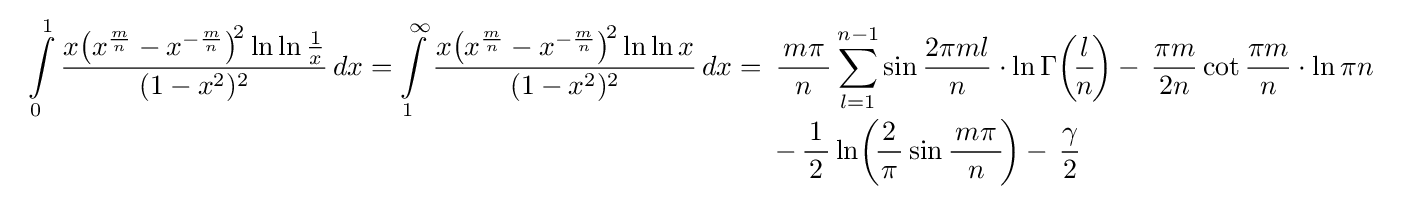
{\begin{array}{ll}\displaystyle \int \limits _{0}^{1}{\frac {x\!\left(x^{\frac {m}{n}}-x^{-{\frac {m}{n}}}\right)^{\!2}\ln \ln {\frac {1}{x}}}{\,(1-x^{2})^{2}\,}}\,dx=\int \limits _{1}^{\infty }{\frac {x\!\left(x^{\frac {m}{n}}-x^{-{\frac {m}{n}}}\right)^{\!2}\ln \ln {x}}{\,(1-x^{2})^{2}\,}}\,dx=\!\!\!&\displaystyle {\frac {\,m\pi \,}{\,n\,}}\sum _{l=1}^{n-1}\sin {\dfrac {2\pi ml}{n}}\cdot \ln \Gamma \!\left(\!{\frac {l}{n}}\!\right)-\,{\frac {\pi m}{\,2n\,}}\cot {\frac {\pi m}{n}}\cdot \ln \pi n\\[3mm]&\displaystyle -\,{\frac {\,1\,}{2}}\ln \!\left(\!{\frac {\,2\,}{\pi }}\sin {\frac {\,m\pi \,}{n}}\!\right)-\,{\frac {\gamma }{2}}\end{array}}